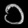
Digit: ၁